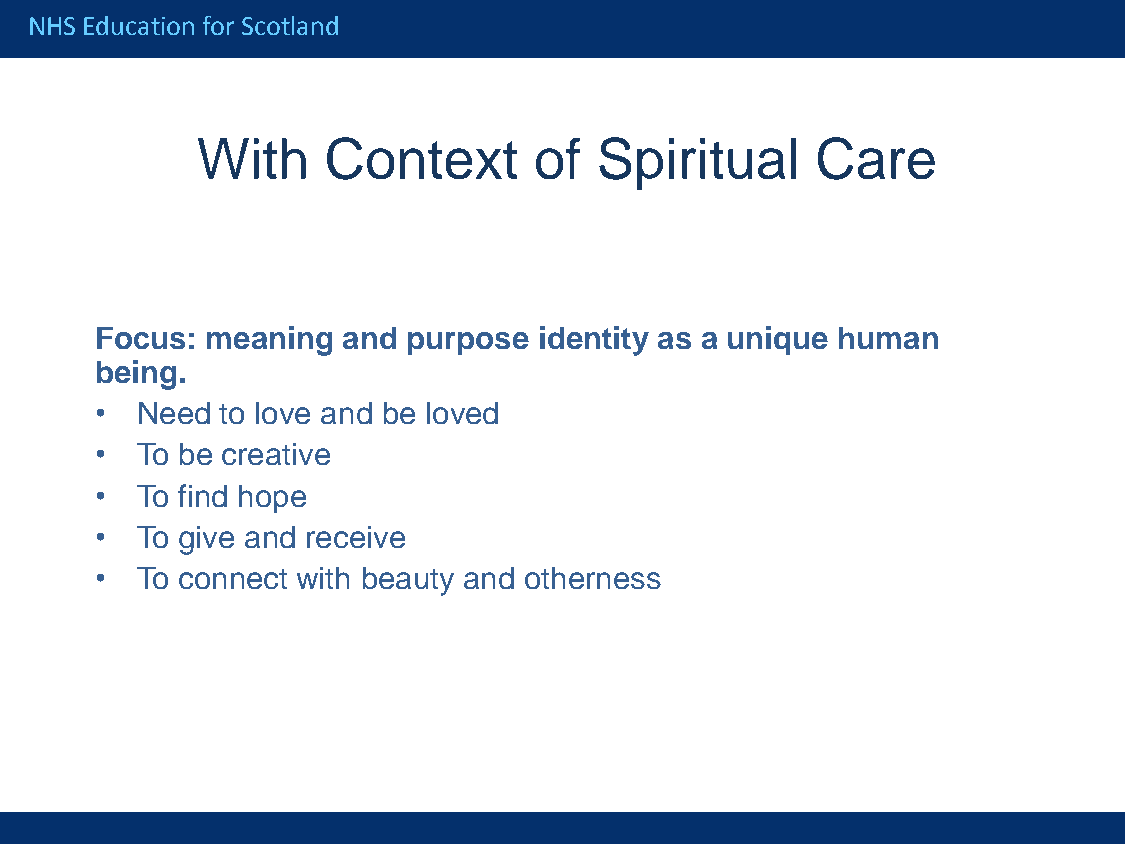
NHS Education for Scotland
 With    Context       of  Spiritual      Care
 Focus:  meaning  and purpose  identity as a unique human
 being.
 •  Need  to love and be loved
 •  To be creative
 •  To find hope
 •  To give and receive
 •  To connect with beauty and otherness